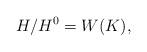
LaTeX: \begin{align*}H/H^0 = W(K),\end{align*}